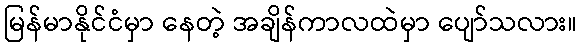
မြန်မာနိုင်ငံမှာ နေတဲ့ အချိန်ကာလထဲမှာ ပျော်သလား။